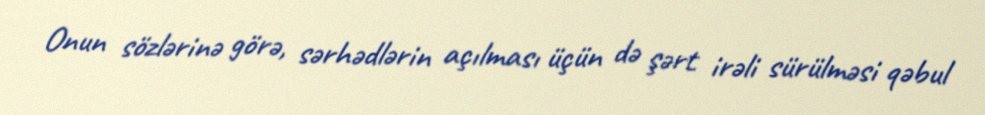
Onun sözlərinə görə, sərhədlərin açılması üçün də şərt irəli sürülməsi qəbul